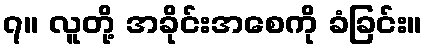
၇။ လူတို့ အခိုင်းအစေကို ခံခြင်း။